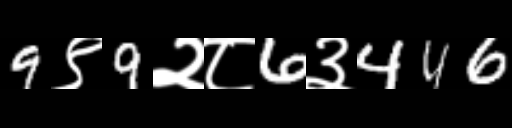
Text: 9९9२८6३446